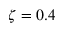
\zeta = 0 . 4